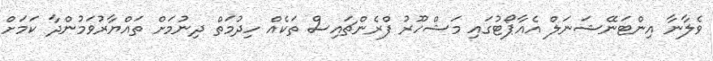
ވެލާނާ އިންޓަނޭޝަނަލް އެއާޕޯޓުގައި މަޝްހޫރު ފްރެންޗައިސް ތަކެއް ހިދުމަތް ދިނުމަށް ތައްޔާރުވަމުންދާ ކަމަށް